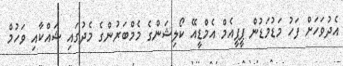
އެދުވަހަށް ފަހު މަޑުމަޑުން ޕީޕީއެމް އެމްޑީއޭ ކޯލިޝަންގެ މެމްބަރުންގެ މެދުގައި ޝައްކާއި ވަހުމް